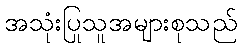
အသုံးပြုသူအများစုသည်